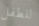
للطفل